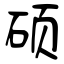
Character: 硕